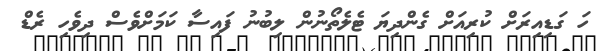
ހަ ގަޑިއިރަށް ކުރިއަށް ގެންދިޔަ ޓެލެތޯނުން ލިބުނު ފައިސާ ކަމަށްވެސް ދިވެހި ރެޑް